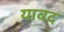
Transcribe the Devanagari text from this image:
यावद